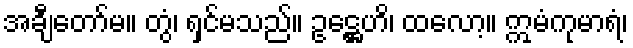
အချီတော်မ။ တွံ၊ ရှင်မသည်။ ဥဋ္ဌေဟိ၊ ထလော့။ ဣမံကုမာရံ၊